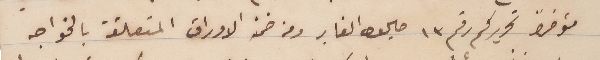
مؤخراً تحريركم رقم ١٣ صاليوا الغابر ومن ضمن الاوراق المتعلقة بالخواجه